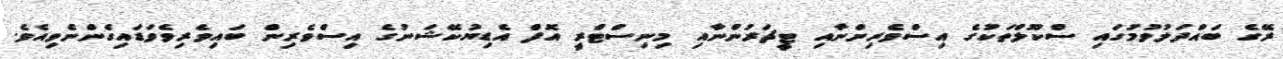
ރޭގެ ބައްދަލުވުމުގައި ސްކޫލްތަކުގެ އިސްވެރިންނާއި ޓީޗަރުންނާއި މިނިސްޓްރީ އޮފް އެޑިޔުކޭޝަނުގެ އިސްވެރިން ބައިވެރިވެވަޑައިގެންނެވިއެވެ.